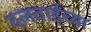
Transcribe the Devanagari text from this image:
दलवाईंच्या